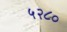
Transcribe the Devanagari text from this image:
५२८०